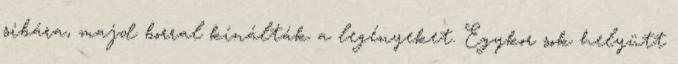
sibára, majd borral kínálták a legényeket. Egykor sok helyütt